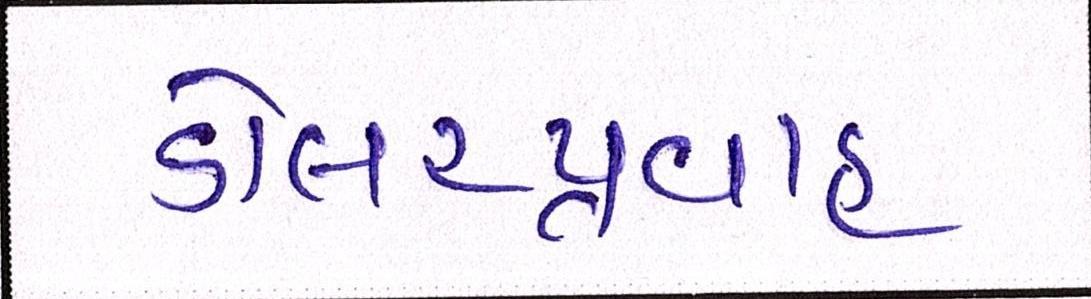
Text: ડોલરપ્રવાહ